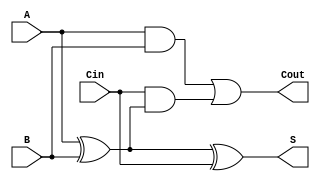
module LowPowerFullAdder (
    input wire A,     // First input bit
    input wire B,     // Second input bit
    input wire Cin,   // Carry-in bit
    output wire S,    // Sum output
    output wire Cout   // Carry-out output
);

// Internal signals for intermediate calculations
wire AxorB; // A XOR B

// Sum calculation: S = A XOR B XOR Cin
assign AxorB = A ^ B; // First XOR
assign S = AxorB ^ Cin; // Second XOR for sum

// Carry-out calculation: Cout = (A AND B) OR (Cin AND (A XOR B))
assign Cout = (A & B) | (Cin & AxorB); // Carry-out logic

endmodule